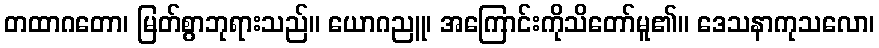
တထာဂတော၊ မြတ်စွာဘုရားသည်။ ယောဂညူ၊ အကြောင်းကိုသိတော်မူ၏။ ဒေသနာကုသလော၊